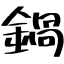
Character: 鍋